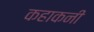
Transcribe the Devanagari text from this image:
कहाकनी